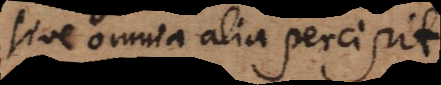
sive omnia alia percipit